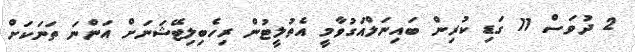
2 ދުވަސް 11 ގަޑި ކުރިން ބައިނަލްއަގުވާމީ އެތުލީޓުން ރިހެބިލިޓޭޝަނަށް އަންނަ ތަނަކަށް